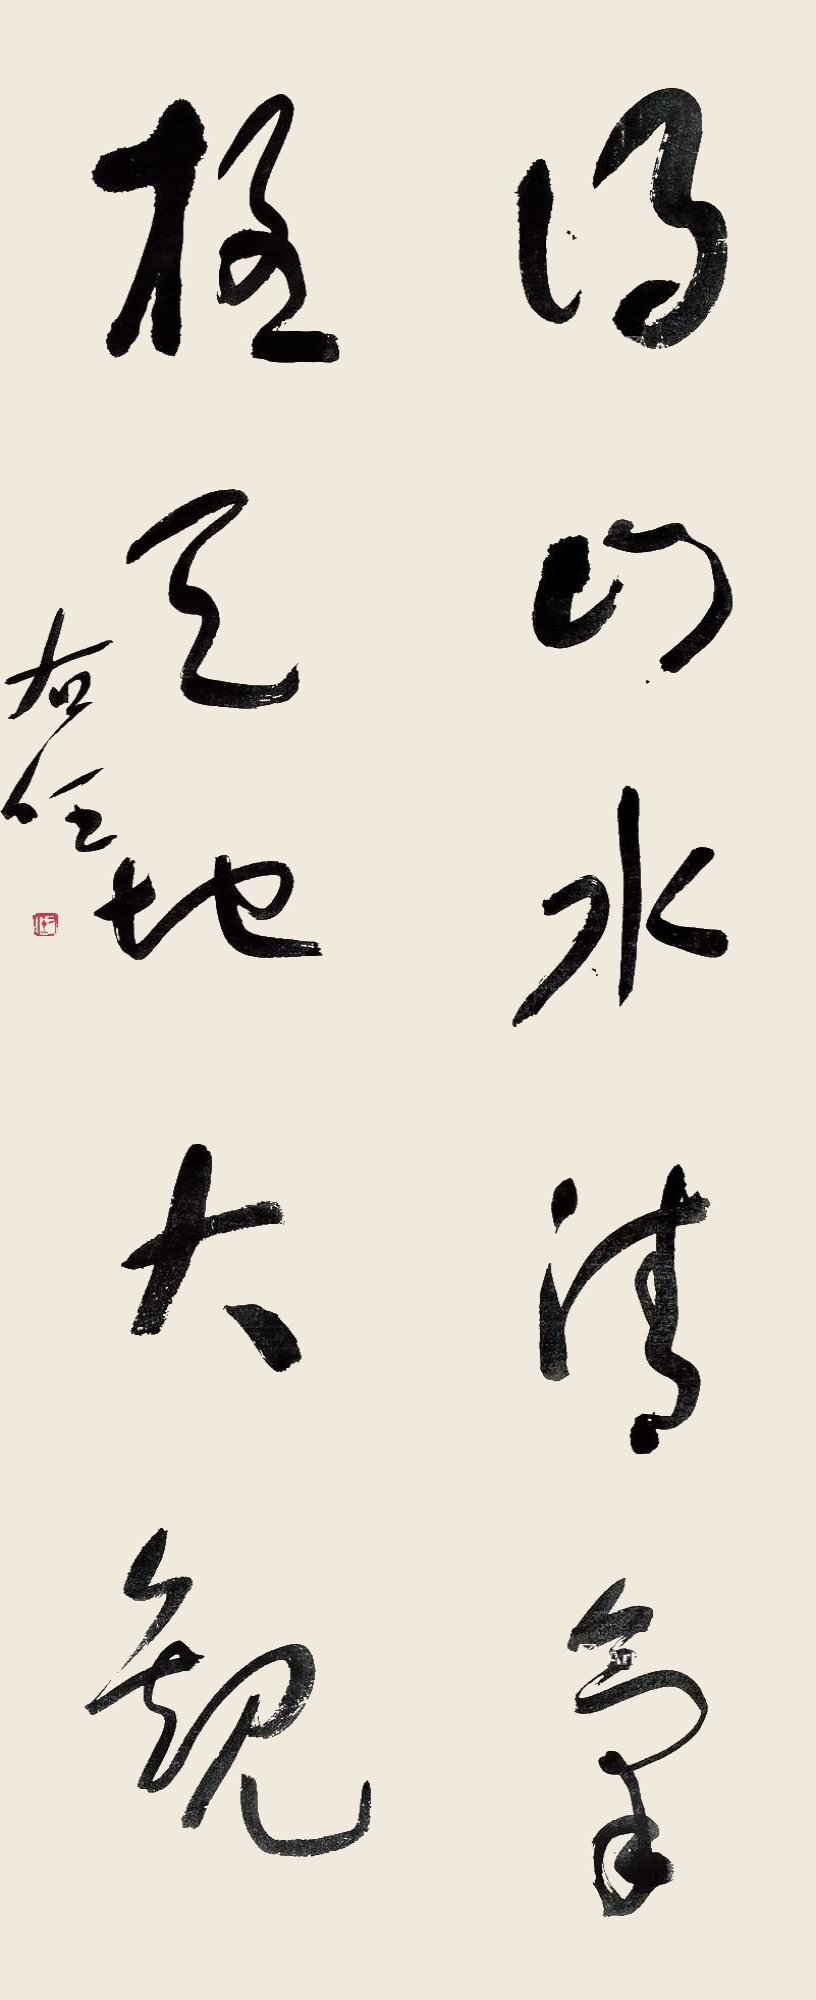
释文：得山水清气，极天地大观。右任